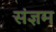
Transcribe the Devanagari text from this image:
संज्ञम